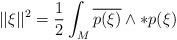
LaTeX: \begin{align*}||\xi||^2={1\over 2}\int_M \overline{p(\xi)}\wedge *p(\xi)\end{align*}